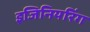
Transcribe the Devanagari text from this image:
इजिनियरिंग